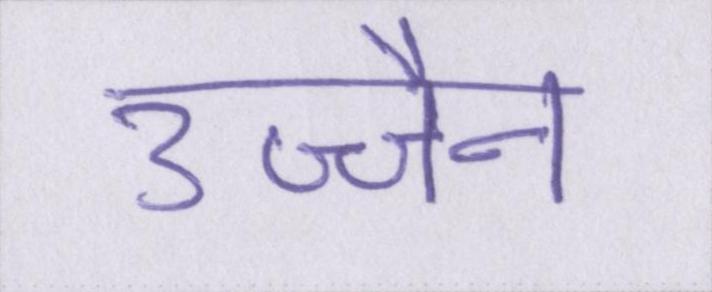
उज्जैन